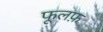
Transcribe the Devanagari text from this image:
फूलफ़